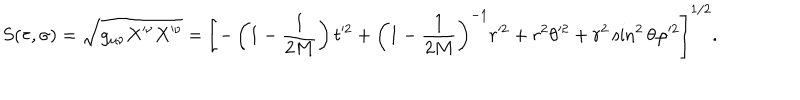
S ( \tau , \sigma ) = \sqrt { g _ { \mu \nu } X ^ { \prime \nu } X ^ { \prime \nu } } = \left[ - \left( 1 - \frac { 1 } { 2 M } \right) t ^ { \prime 2 } + \left( 1 - \frac { 1 } { 2 M } \right) ^ { - 1 } r ^ { \prime 2 } + r ^ { 2 } \theta ^ { \prime 2 } + r ^ { 2 } \sin ^ { 2 } { \theta } \varphi ^ { \prime 2 } \right] ^ { 1 / 2 } .